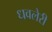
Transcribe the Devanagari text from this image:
धवलेरी